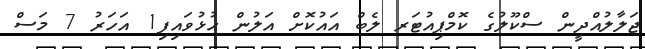
ޖަލާލުއްދީން ސްކޫލުގެ ކޮމްޕިއުޓަރ ލެބް އައުކޮށް އަލުން ހުޅުވައިފި1 އަހަރު 7 މަސް